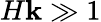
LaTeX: H\mathbf{k}\gg1